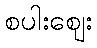
စပါးဈေး